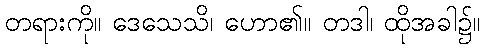
တရားကို။ ဒေသေသိ၊ ဟော၏။ တဒါ၊ ထိုအခါ၌။